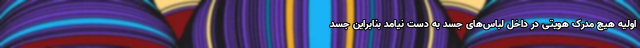
اولیه هیچ مدرک هویتی در داخل لباس‌های جسد به دست نیامد بنابراین جسد